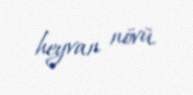
heyvan növü.